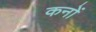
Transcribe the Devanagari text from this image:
कनों